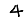
Digit: 4